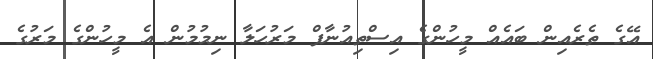
އޭގެ ތެރެއިން ބައެއް މީހުންގެ އިސްތިއުނާފް މަރުހަލާ ނިމުމުން އެ މީހުންގެ މަރުގެ